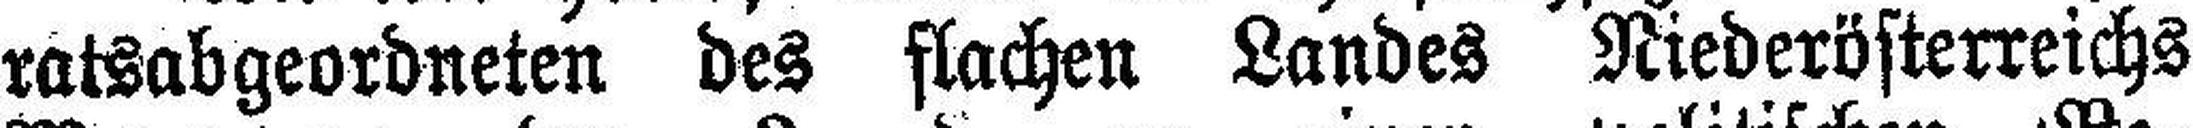
ratsabgeordneten des flachen Landes Niederösterreichs